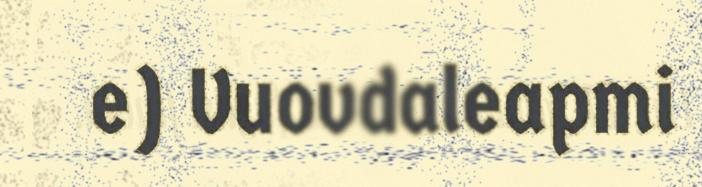
e) Vuovdaleapmi